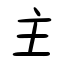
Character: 主